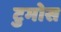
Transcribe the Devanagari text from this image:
टुमोस